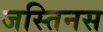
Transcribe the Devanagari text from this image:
जस्तिनस